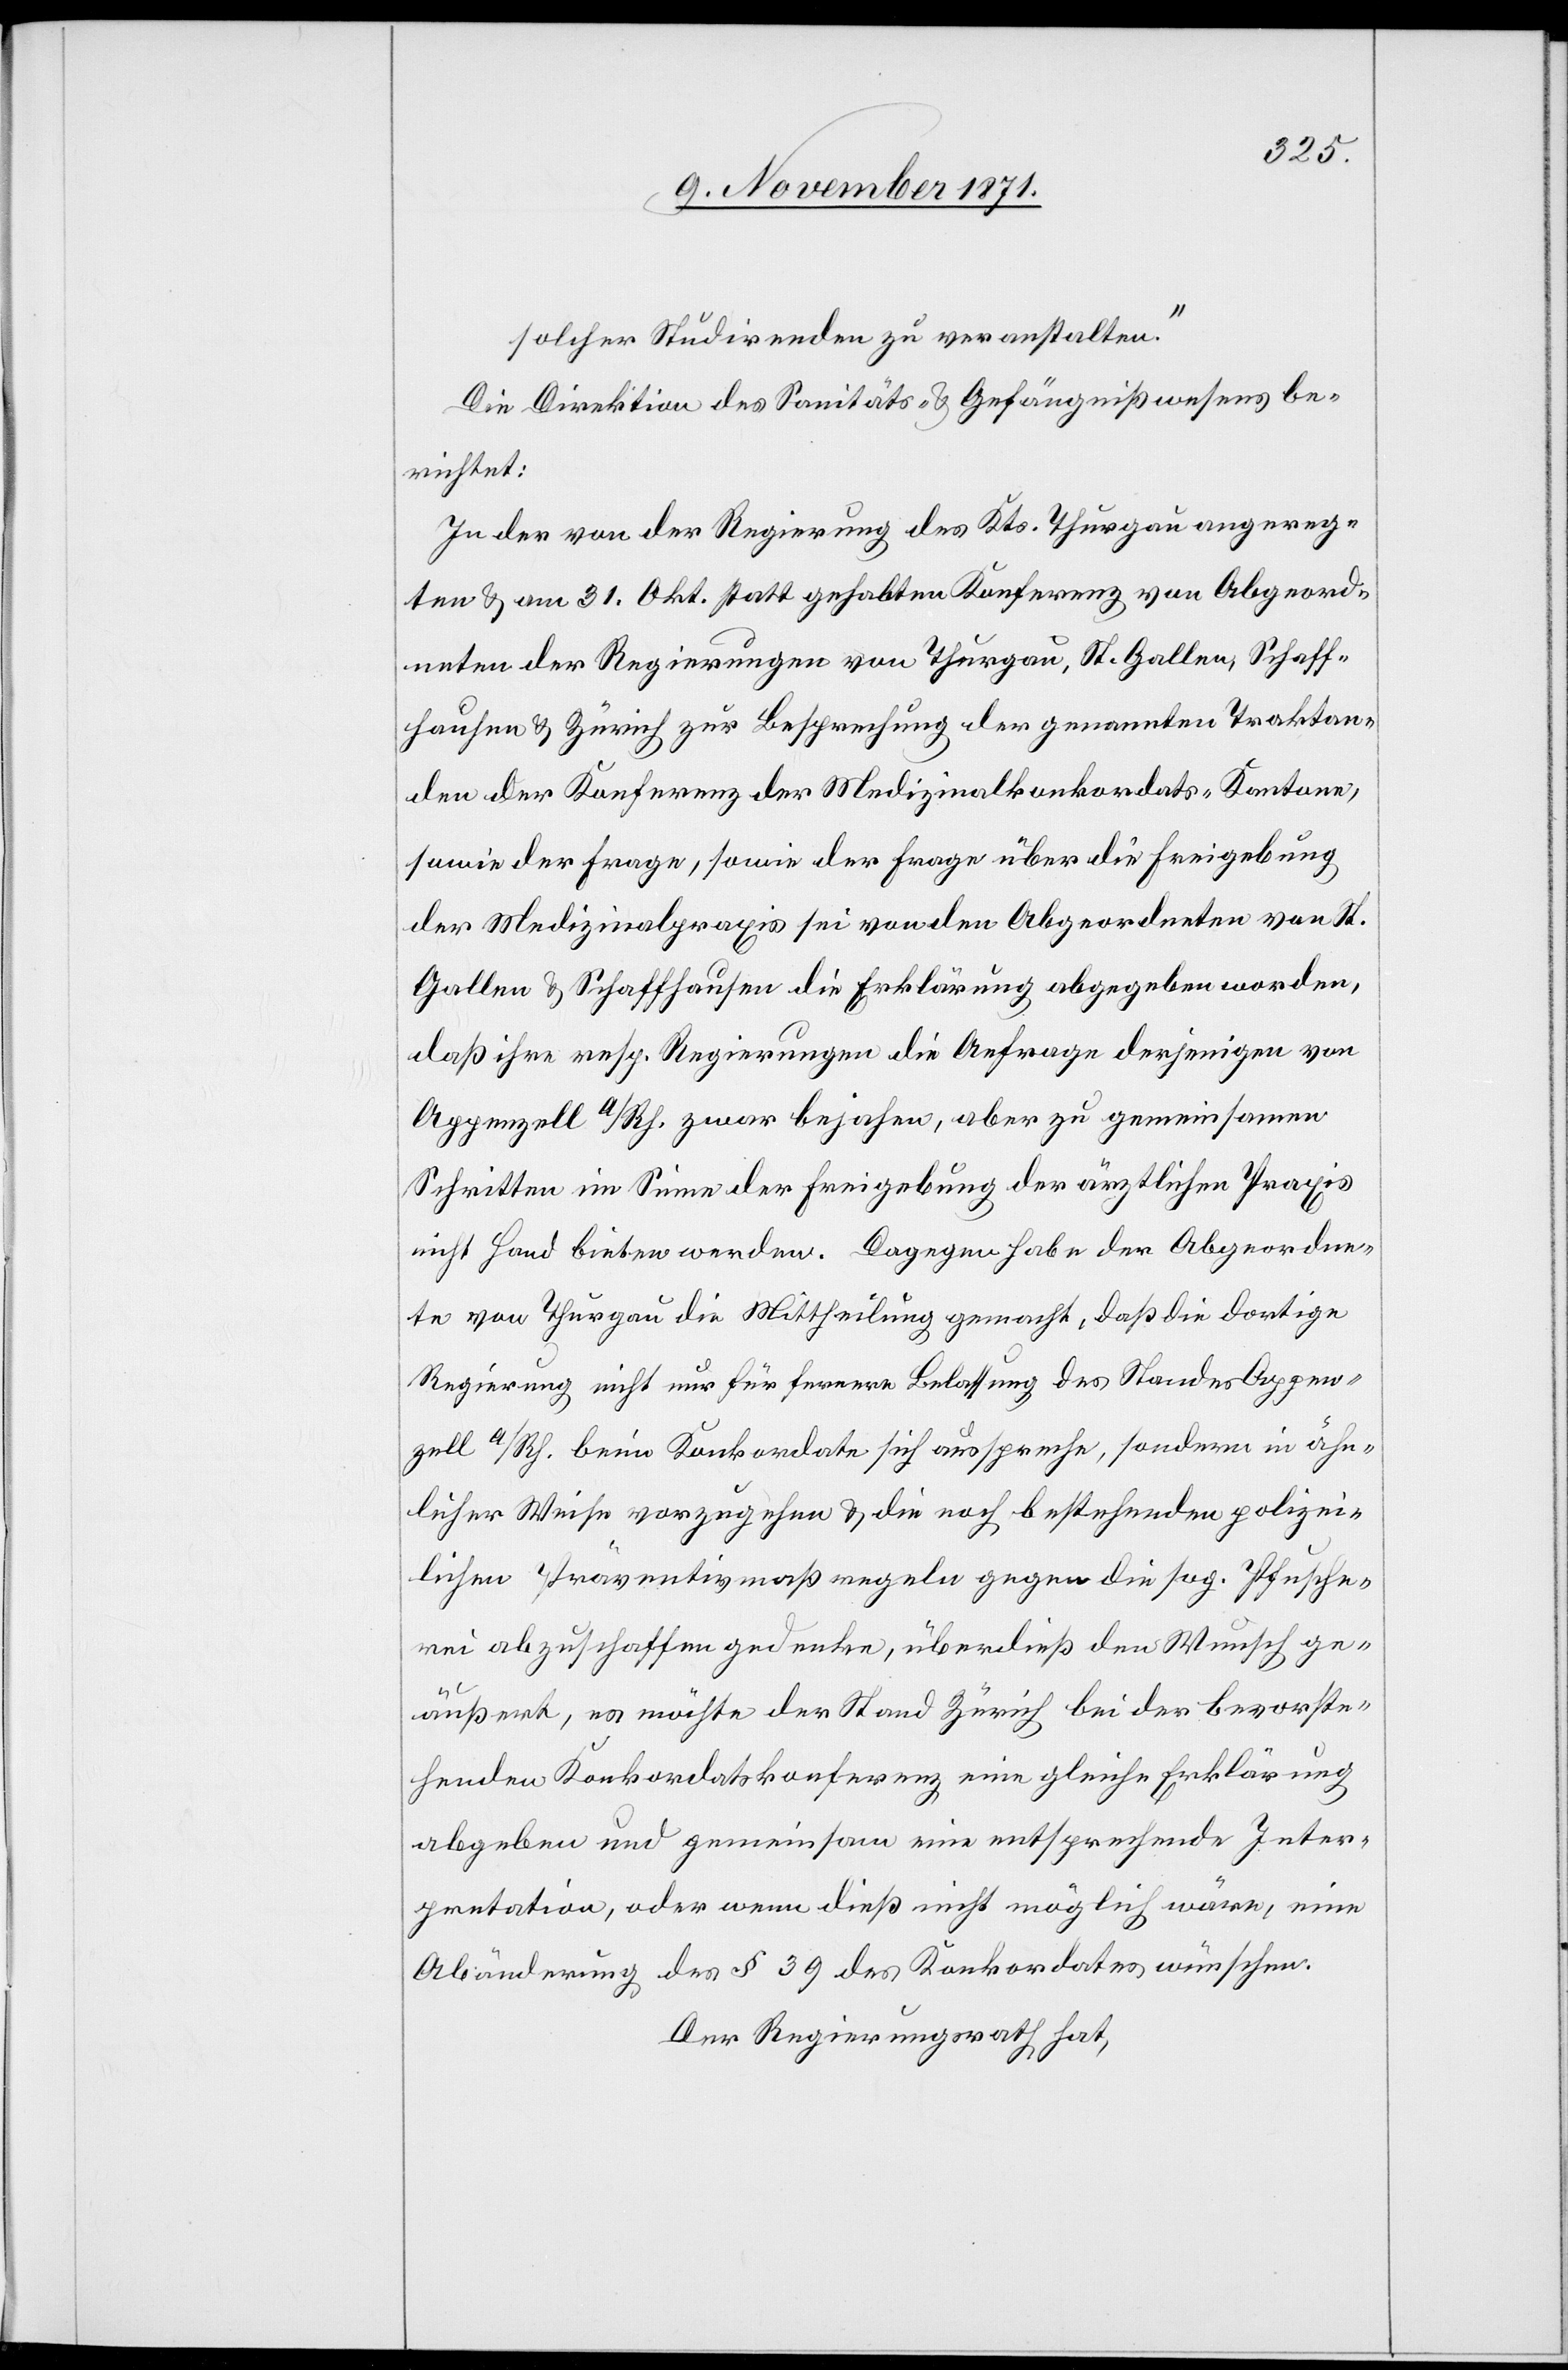
solcher Studirenden zu veranstalten.“
Die Direktion des Sanitäts- & Gefängnißwesens be¬
richtet:
In der von der Regierung des Kts. Thurgau angereg¬
ten & am 31. Okt. stattgehabten Konferenz von Abgeord¬
neten der Regierungen von Thurgau, St. Gallen, Schaff¬
hausen & Zürich zur Besprechung der genannten Traktan¬
den der Konferenz der Medizinalkonkordats-Kantone,
sowie der Frage, sowie der Frage [sic!] über die Freigebung
der Medizinalpraxis sei von den Abgeordneten von St.
Gallen & Schaffhausen die Erklärung abgegeben worden,
daß ihre resp. Regierungen die Anfrage derjenigen von
Appenzell a/Rh. zwar bejahen, aber zu gemeinsamen
Schritten im Sinne der Freigebung der ärztlichen Praxis
nicht Hand bieten werden. Dagegen habe der Abgeordne¬
te von Thurgau die Mittheilung gemacht, daß die dortige
Regierung nicht nur für fernere Belassung des Standes Appen¬
zell a/Rh. beim Konkordate sich ausspreche, sondern in ähn¬
licher Weise vorzugehen & die noch bestehenden polizei¬
lichen Präventivmaßregeln gegen die sog. Pfusche¬
rei abzuschaffen gedenke, überdieß den Wunsch ge¬
äußert, es möchte der Stand Zürich bei der bevorste¬
henden Konkordatskonferenz eine gleiche Erklärung
abgeben und gemeinsam eine entsprechende Inter¬
pretation, oder wenn dieß nicht möglich wäre, eine
Abänderung des § 39 des Konkordates wünschen.
Der Regierungsrath hat,